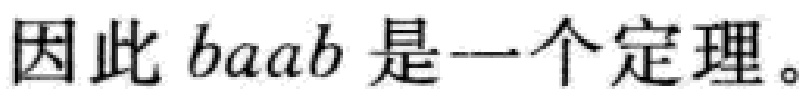
因此 \(baab\) 是一个定理。